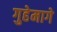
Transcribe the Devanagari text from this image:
गुहेमागे